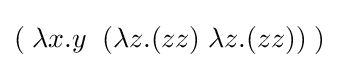
(\;\lambda x.y\;\;(\lambda z.(zz)\;\lambda z.(zz))\;)